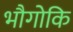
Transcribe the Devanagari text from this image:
भौगोकि